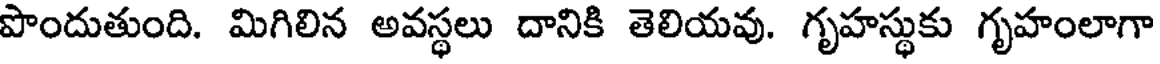
పొందుతుంది. మిగిలిన అవస్థలు దానికి తెలియవు. గృహస్థుకు గృహంలాగా